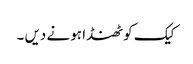
کیک کو ٹھنڈا ہو نے دیں ۔